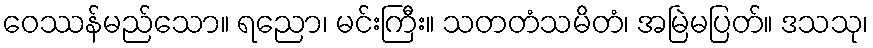
ဝေဿန်မည်သော။ ရညော၊ မင်းကြီး။ သတတံသမိတံ၊ အမြဲမပြတ်။ ဒသသု၊